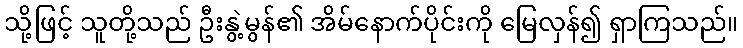
သို့ဖြင့် သူတို့သည် ဦးနွဲ့မွန်၏ အိမ်နောက်ပိုင်းကို မြေလှန်၍ ရှာကြသည်။